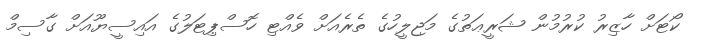
ކޯޓަށް ހާޒިރު ކުރުމުން ޝަރީޢަތުގެ މަޖިލީހުގެ ތެރެއަށް ވެއްޓި ހޮސްޕިޓަލުގެ އައިސީޔޫއަށް ގާސިމް